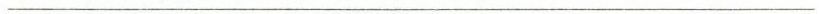
———————————————————